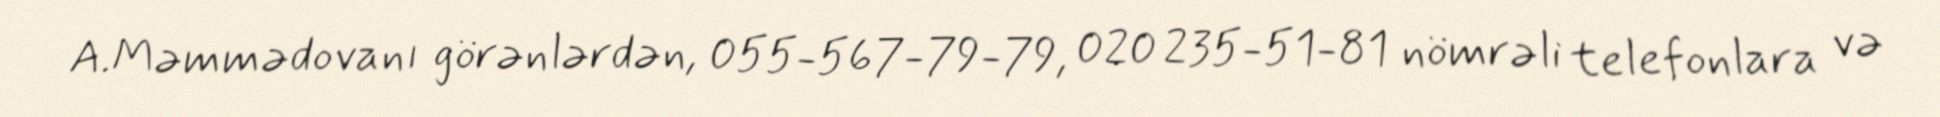
A.Məmmədovanı görənlərdən, 055-567-79-79, 020 235-51-81 nömrəli telefonlara və